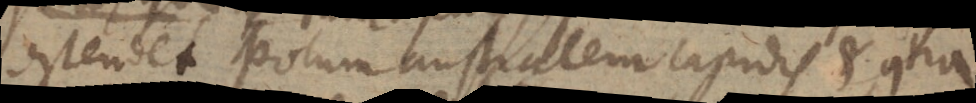
ostendet polum australem lapidis et contra